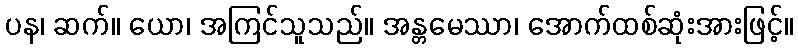
ပန၊ ဆက်။ ယော၊ အကြင်သူသည်။ အန္တမေဿာ၊ အောက်ထစ်ဆုံးအားဖြင့်။